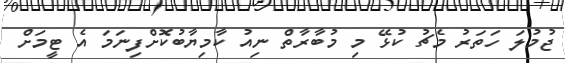
ޖުމުލަ ހަތަރު މެޗު ކުޅޭ މި މުބާރާތް ނިއު ކާމިޔާބުކޮށްފިނަމަ އެ ޓީމަށް